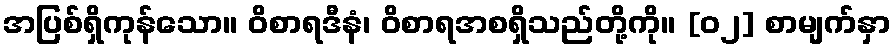
အပြစ်ရှိကုန်သော။ ဝိစာရဒီနံ၊ ဝိစာရအစရှိသည်တို့ကို။ [၀၂] စာမျက်နှာ